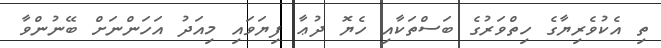
ތި އެކުވެރިޔާގެ ހިތްވަރުގެ ބަސްތަކާއި ހެޔޮ ދުޢާ ފިޔަވައި މިއަދު އަހަންނަށް ބޭނުންވާ